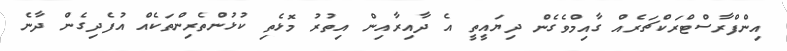
އިންފްރާސްޓްރަކްޗަރެއް ގާއިމްވެގެން ދިޔައީތީ އެ ދާއިރާއިން އިތުރު މޮޅެތި ކުޅުންތެރިންތަކެއް އުފެދިގެން ދާނެ